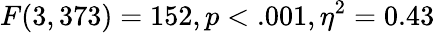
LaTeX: F(3,373)=152,p<.001,\eta^{2}=0.43